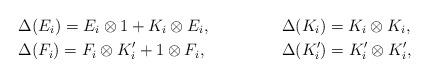
LaTeX: \begin{align*}&\Delta(E_i) = E_i\otimes 1+K_i\otimes E_i, & &\Delta(K_i) = K_i \otimes K_i, \\&\Delta(F_i) = F_i\otimes K'_i+1\otimes F_i, & &\Delta(K'_i) = K'_i \otimes K'_i,\end{align*}